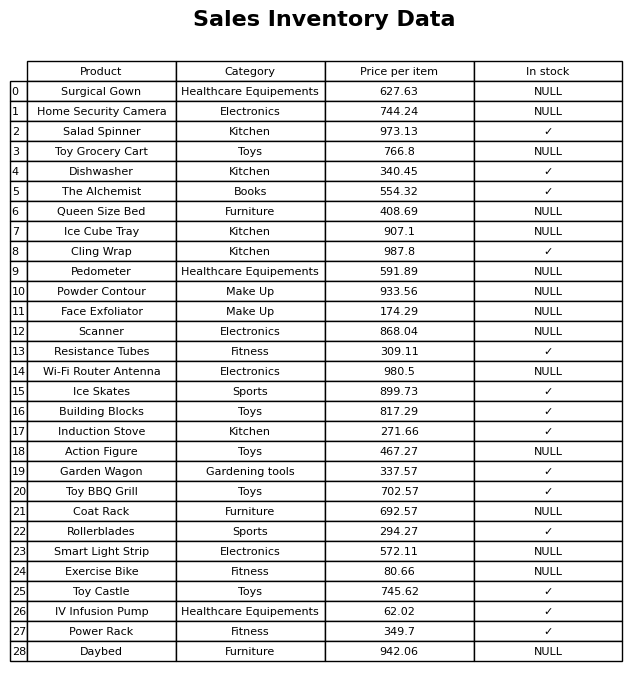
question: What is the price for Resistance Tubes?
answer: The price of Resistance Tubes is 309.11.